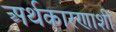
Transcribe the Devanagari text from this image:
अर्थकारणाशी